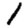
Digit: 1